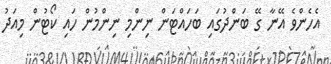
އެހެންވެ އޭނާ ގޭ ބަންދުގައި ބަހައްޓަން ނިންމި ނިންމުން ހައި ކޯޓުން މިއަދު